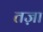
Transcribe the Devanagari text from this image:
तज़ा